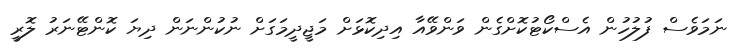
ނަމަވެސް ފުލުހުން އެސްކޯޓުކޮށްގެން ވަންވޭއާ އިދިކޮޅަށް މަޖީދީމަގަށް ނުކުންނަން ދިޔަ ކޮންޓޭނަރު ލޮރީ